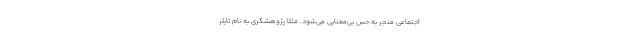
اجتماعی منجر به حس بی‌معنایی می‌شود. مثلاً پژوهشگری به نام تایلر